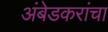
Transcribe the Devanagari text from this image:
अंबेडकरांचा